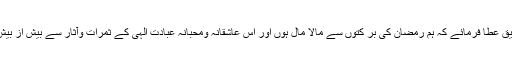
اللہ تعالیٰ ہم سب کو تو فیق عطا فرمائے کہ ہم رمضان کی بر کتوں سے مالا مال ہوں اور اس عاشقانہ ومحبانہ عبادتِ الٰہی کے ثمرات وآثار سے بیش از بیش حصہ نصیب ہو، آمین۔